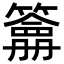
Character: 𥵋